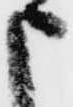
申